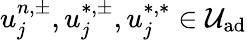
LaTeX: u_{j}^{n,\pm},u_{j}^{*,\pm},u_{j}^{*,*}\in\mathcal{U}_{\textrm{ad}}